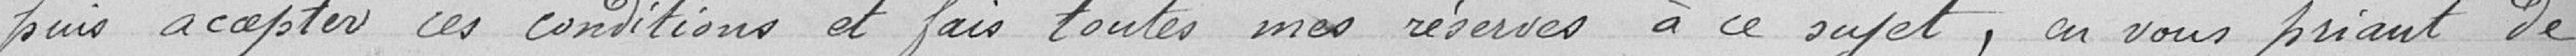
puisse accepter ces conditions et fais toutes mes réserves à ce sujet, en vous priant de